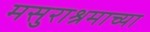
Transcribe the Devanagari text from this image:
मसुराश्रमाच्या